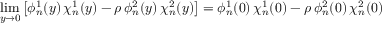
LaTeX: \operatorname * { l i m } _ { y \to 0 } \left[ \phi _ { n } ^ { 1 } ( y ) \, \chi _ { n } ^ { 1 } ( y ) - \rho \, \phi _ { n } ^ { 2 } ( y ) \, \chi _ { n } ^ { 2 } ( y ) \right] = \phi _ { n } ^ { 1 } ( 0 ) \, \chi _ { n } ^ { 1 } ( 0 ) - \rho \, \phi _ { n } ^ { 2 } ( 0 ) \, \chi _ { n } ^ { 2 } ( 0 )